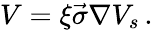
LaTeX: V=\xi\vec{\sigma}\nabla V_{s}\, .